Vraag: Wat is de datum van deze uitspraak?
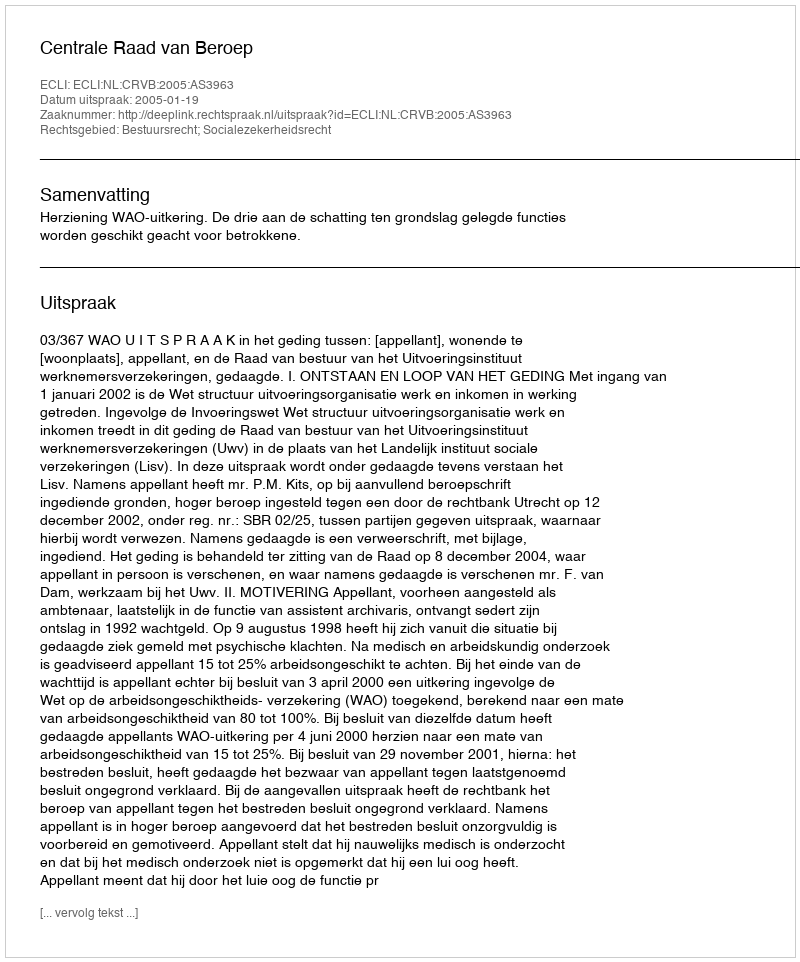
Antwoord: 2005-01-19